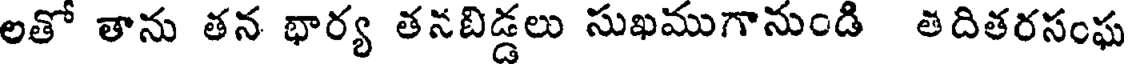
లతో తాను తన భార్య తనబిడ్డలు సుఖముగానుండి తిదితరసంఘ